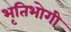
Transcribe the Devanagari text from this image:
भृतिभोगी